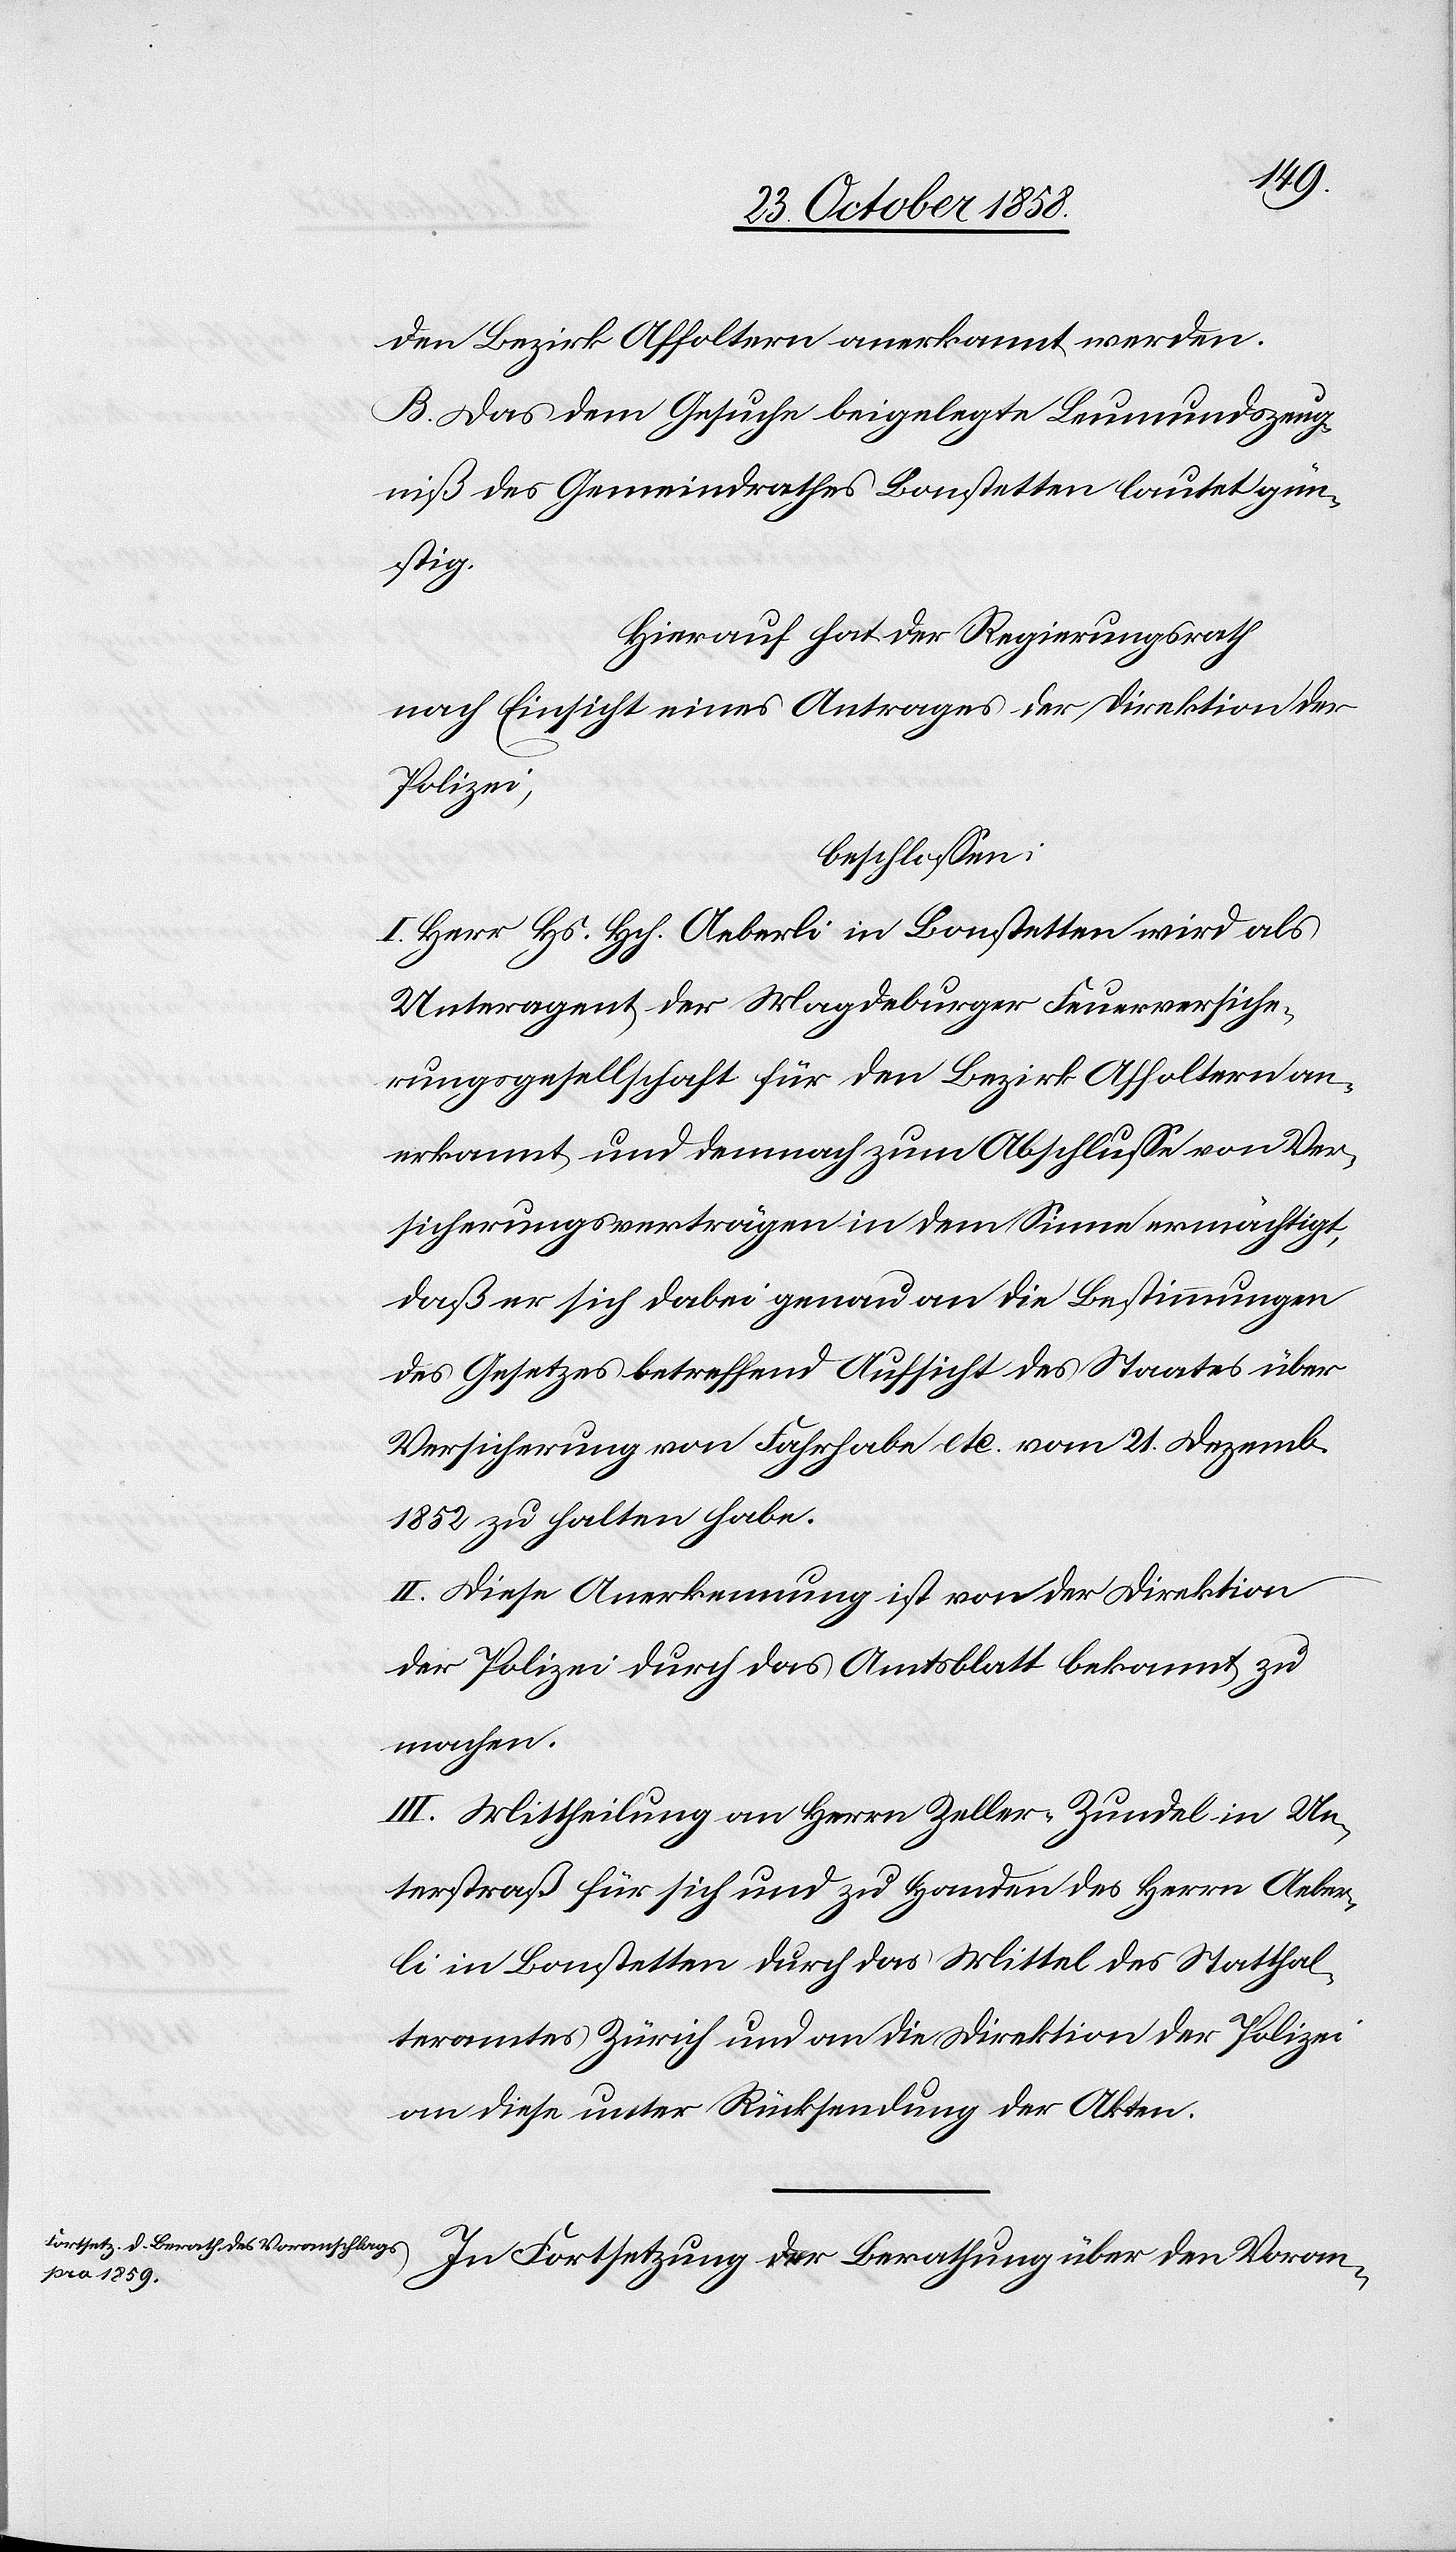
den Bezirk Affoltern anerkannt werden.
B. Das dem Gesuche beigelegte Leumundszeug¬
niß des Gemeindrathes Bonstetten lautet gün¬
stig.
Hierauf hat der Regierungsrath
nach Einsicht eines Antrages der Direktion der
Polizei,
beschlossen:
I. Herr Hs. Hch. Aeberli in Bonstetten wird als
Unteragent der Magdeburger Feuerversiche¬
rungsgesellschaft für den Bezirk Affoltern an¬
erkannt und demnach zum Abschlusse von Ver¬
sicherungsverträgen in dem Sinne ermächtigt,
daß er sich dabei genau an die Bestimmungen
des Gesetzes betreffend Aufsicht des Staates über
Versicherung von Fahrhabe etc. vom 21. Dezemb.
1852 zu halten habe.
II. Diese Anerkennung ist von der Direktion
der Polizei durch das Amtsblatt bekannt zu
machen.
III. Mittheilung an Herrn Zeller-Zundel in Un¬
terstraß für sich und zu Handen des Herrn Aeber¬
li in Bonstetten durch das Mittel des Statthal¬
teramtes Zürich und an die Direktion der Polizei
an diese unter Rücksendung der Akten.